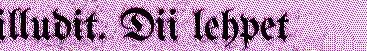
illudit. Dii lehpet